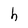
Character: h